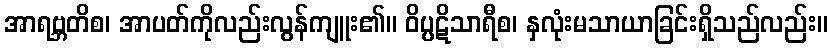
အာရဗ္ဘတိစ၊ အာပတ်ကိုလည်းလွန်ကျူး၏။ ဝိပ္ပဋိသာရီစ၊ နှလုံးမသာယာခြင်းရှိသည်လည်း။